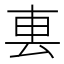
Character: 𨊢